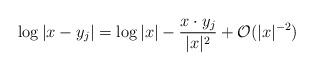
LaTeX: \begin{align*}\log |x-y_j|=\log|x|-\frac{x\cdot y_j}{|x|^2}+\mathcal{O}(|x|^{-2})\end{align*}